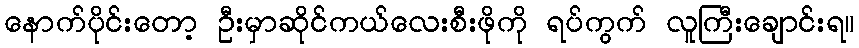
နောက်ပိုင်းတော့ ဦးမှာဆိုင်ကယ်လေးစီးဖိုကို ရပ်ကွက် လူကြီးချောင်းရ။